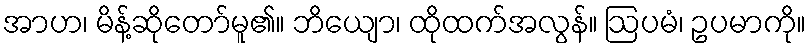
အာဟ၊ မိန့်ဆိုတော်မူ၏။ ဘိယျော၊ ထိုထက်အလွန်။ ဩပမံ၊ ဥပမာကို။